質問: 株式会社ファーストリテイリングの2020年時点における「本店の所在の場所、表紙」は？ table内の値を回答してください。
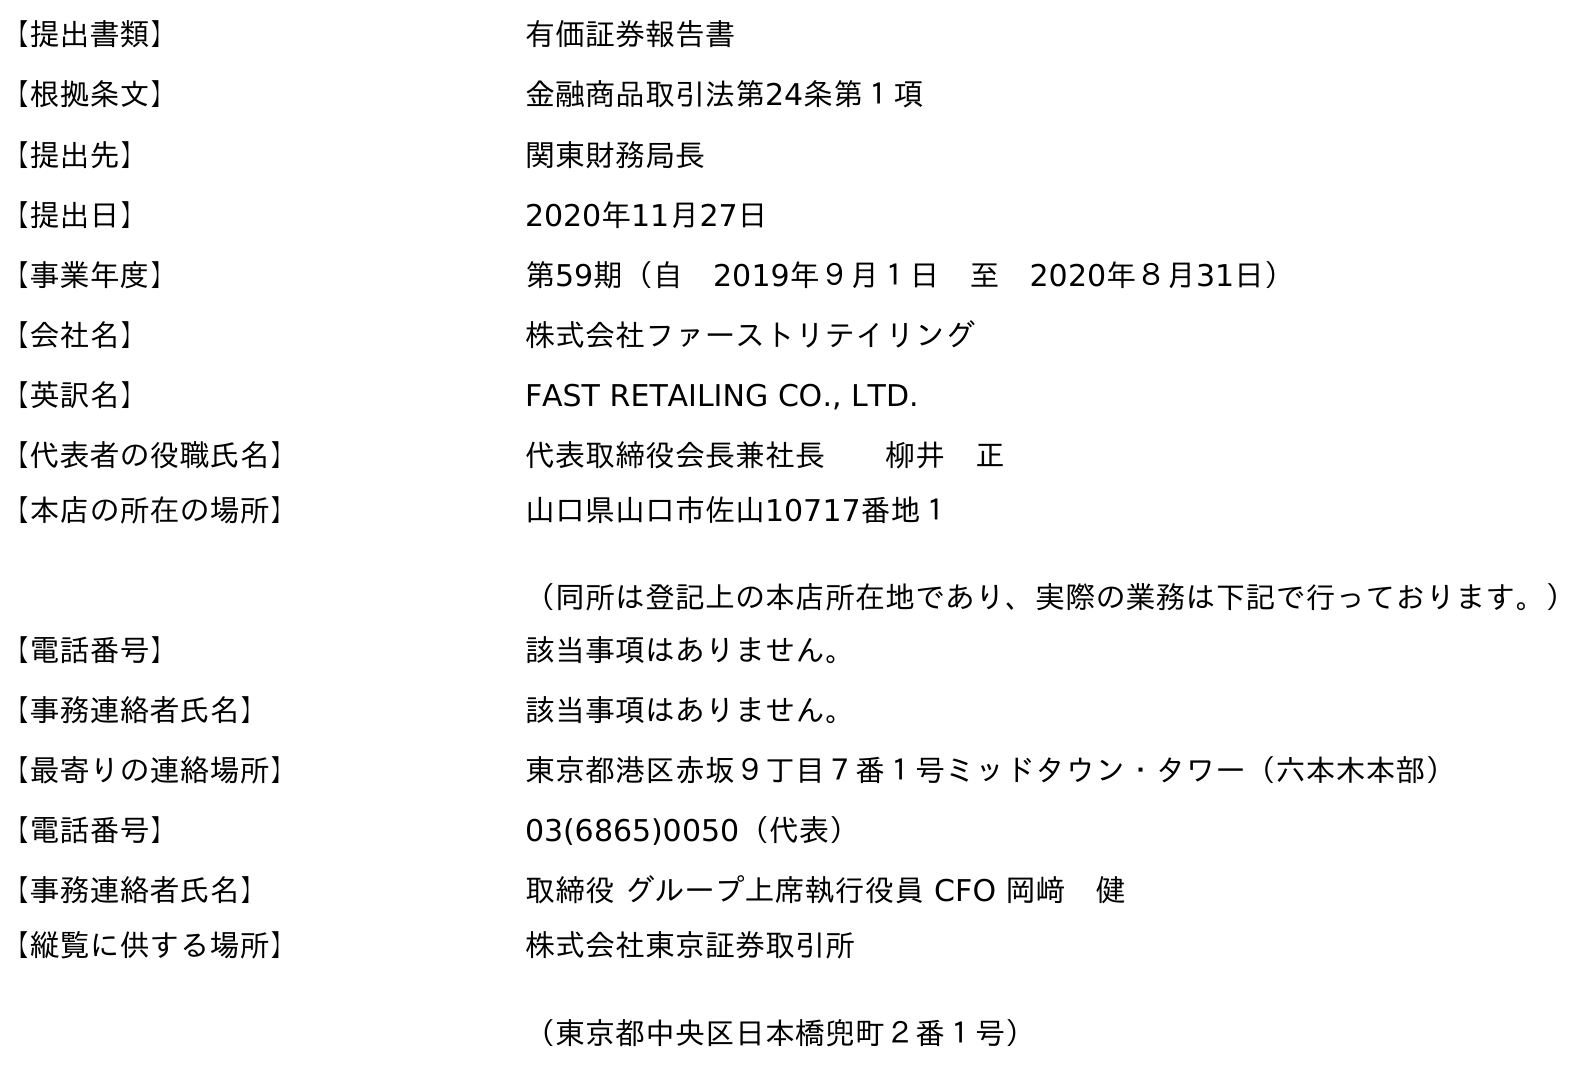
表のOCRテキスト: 【提出書類】 有価証券報告書 【根拠条文】 金融商品取引法第24条第１項 【提出先】 関東財務局長 【提出日】 2020年11月27日 【事業年度】 第59期（自 2019年９月１日 至 2020年８月31日） 【会社名】 株式会社ファーストリテイリング 【英訳名】 FAST RETAILING CO., LTD. 【代表者の役職氏名】 代表取締役会長兼社長  柳井 正 【本店の所在の場所】 山口県山口市佐山10717番地１ （同所は登記上の本店所在地であり、実際の業務は下記で行っております。） 【電話番号】 該当事項はありません。 【事務連絡者氏名】 該当事項はありません。 【最寄りの連絡場所】 東京都港区赤坂９丁目７番１号ミッドタウン・タワー（六本木本部） 【電話番号】 03(6865)0050（代表） 【事務連絡者氏名】 取締役 グループ上席執行役員 CFO 岡﨑 健 【縦覧に供する場所】 株式会社東京証券取引所 （東京都中央区日本橋兜町２番１号）
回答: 山口県山口市佐山10717番地１（同所は登記上の本店所在地であり、実際の業務は下記で行っております。）